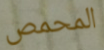
المحمص